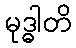
မုဒ္ဓါတိ